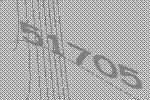
51705